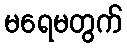
မရေမတွက်